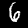
Label: 6